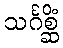
သင်္ဂစ္ဆိံ